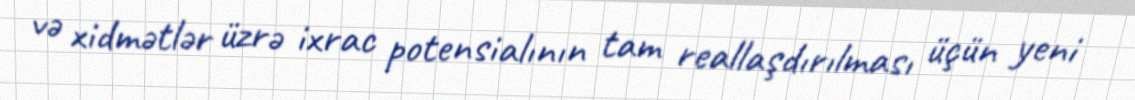
və xidmətlər üzrə ixrac potensialının tam reallaşdırılması üçün yeni